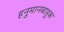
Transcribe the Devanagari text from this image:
हनुमानबाहुक